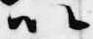
以